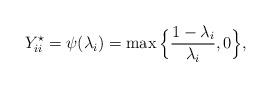
LaTeX: \begin{align*}Y_{ii}^\star = \psi(\lambda_i) = \max \Big\{\frac{1-\lambda_i}{\lambda_i}, 0\Big\},\end{align*}